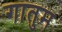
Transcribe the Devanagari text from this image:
गातुम